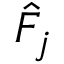
\hat { F } _ { j }